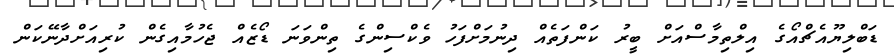
ޑަބްލިޔޫއެޗްއޯގެ އިލްތިމާސްއަށް ބީރު ކަންފަތެއް ދިނުމަށްފަހު ވެކްސިންގެ ތިންވަނަ ޑޯޒެއް ޖެހުމާއިގެން ކުރިއަށްދާނޭކަން